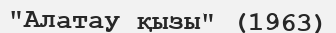
"Алатау қызы" (1963)